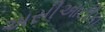
અસીઆટીકા